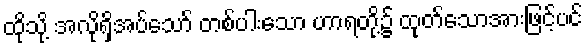
ထိုသို့ အလိုရှိအပ်သော် တစ်ပါးသော ဟာရတို့၌ ထုတ်သောအားဖြင့်ပင်